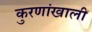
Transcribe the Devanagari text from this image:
कुरणांखाली